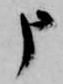
申